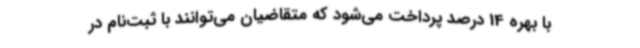
با بهره 14 درصد پرداخت می‌شود که متقاضیان می‌توانند با ثبت‌نام در